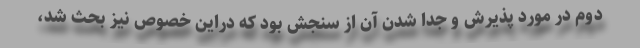
دوم در مورد پذیرش و جدا شدن آن از سنجش بود که دراین خصوص نیز بحث شد،